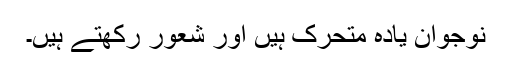
نوجوان یادہ متحرک ہیں اور شعور رکھتے ہیں۔